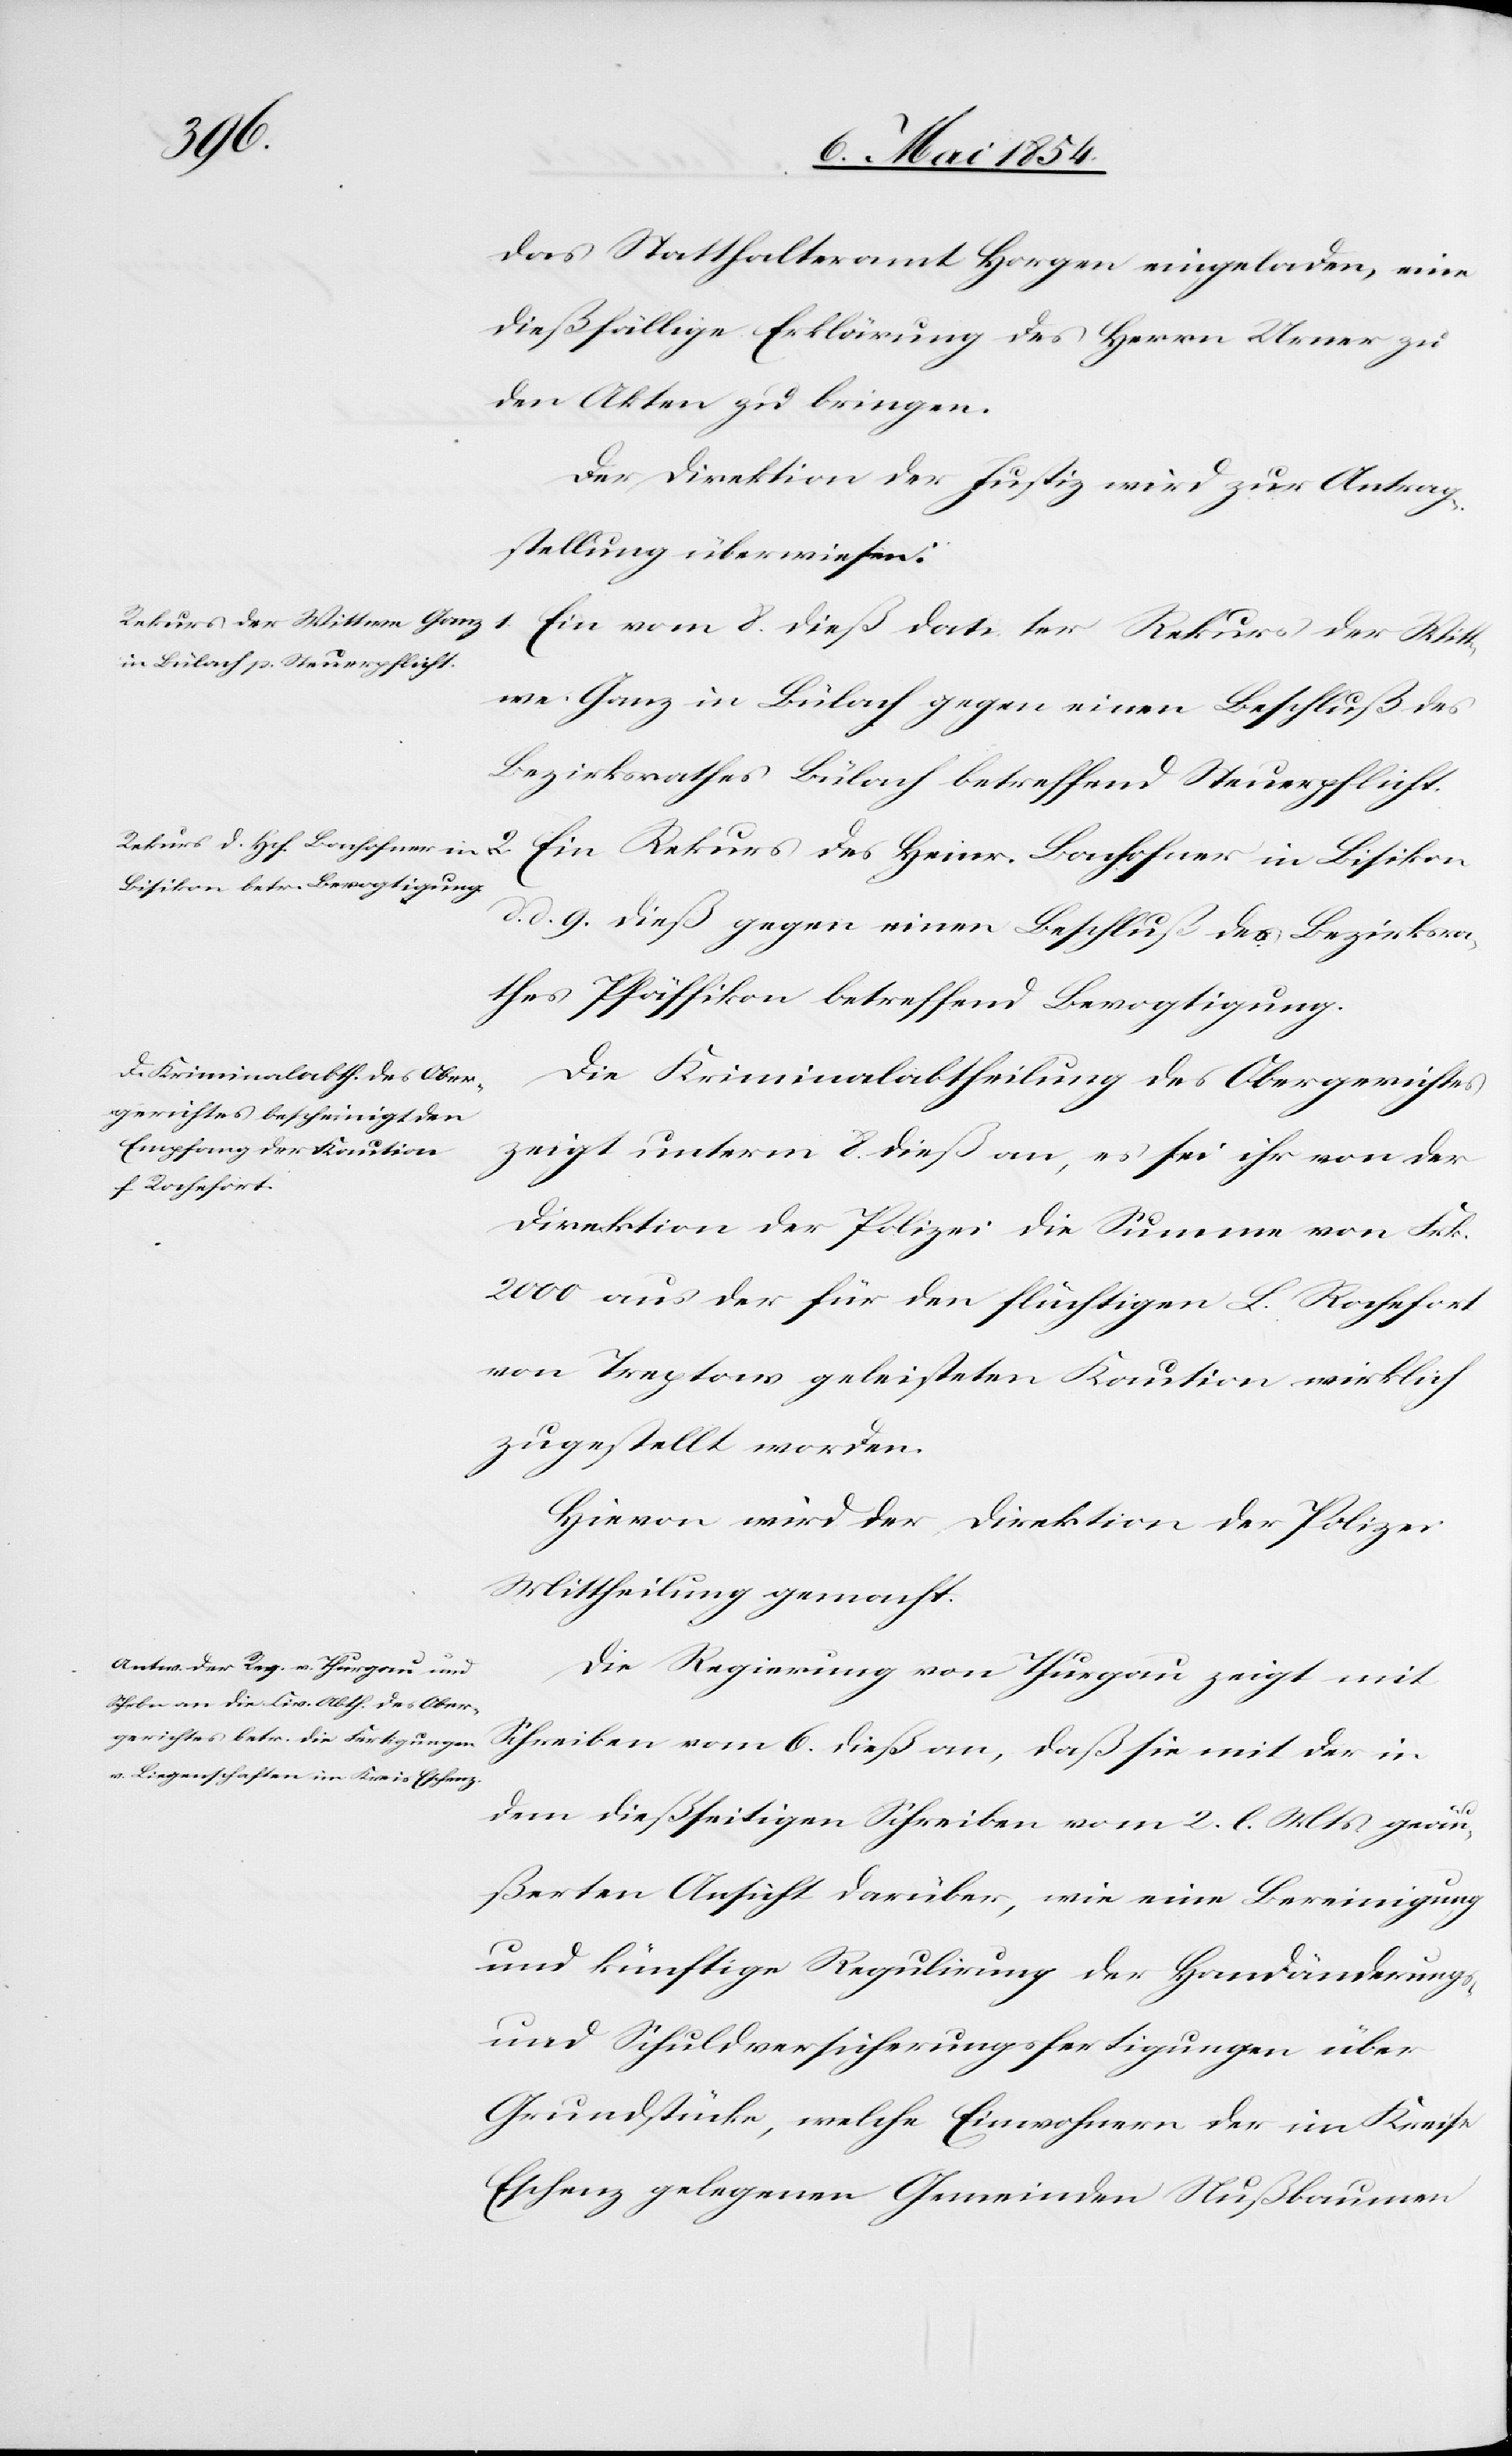
2.
11. Mai 1854.]
das Statthalteramt Horgen eingeladen, eine
dießfällige Erklärung des Herrn Urner zu
den Akten zu bringen.
Der Direktion der Justiz wird zur Antrag¬
stellung überwiesen:
Ein vom 8. dieß datirter Rekurs der Witt¬
we Ganz in Bülach gegen einen Beschluß des
Bezirksrathes Bülach betreffend Steuerpflicht.
Ein Rekurs des Heinr. Bachofner in Bisikion
d. d. 9. dieß gegen einen Beschluß des Bezirksra¬
thes Pfäffikon betreffend Bevogtigung.
Die Kriminalabtheilung des Obergerichtes
zeigt unterm 8. dieß an, es sei ihr von der
Direktion der Polizei die Summe von Frk.
2000 aus der für den flüchtigen L. Rochefort
von Treptow geleisteten Kaution wirklich
zugestellt worden.
Hievon wird der Direktion der Polizei
Mittheilung gemacht.
Die Regierung von Thurgau zeigt mit
Schreiben vom 6. dieß an, daß sie mit der in
dem dießseitigen Schreiben vom 2. l. Mts. geäu¬
ßerten Ansicht darüber, wie eine Bereinigung
und künftige Regulirung der Handänderungs-
und Schuldversicherungsfertigungen über
Grundstücke, welche Einwohnern der im Kreise
Eschenz gelegenen Gemeinden Nußbaumen